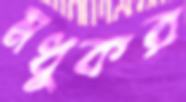
মধুকর